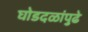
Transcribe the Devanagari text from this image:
घोडदळांपुढे